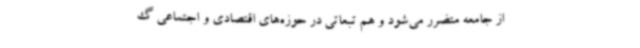
از جامعه متضرر می‌شود و هم تبعاتی در حوزه‌های اقتصادی و اجتماعی گ